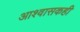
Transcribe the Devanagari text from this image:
आश्वासकही